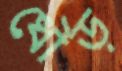
ধৌড়